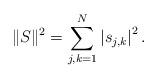
LaTeX: \begin{align*}\|S\|^2=\sum_{j,k=1}^N\left|s_{j,k}\right|^2.\end{align*}